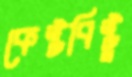
কেষ্টবিষ্টু